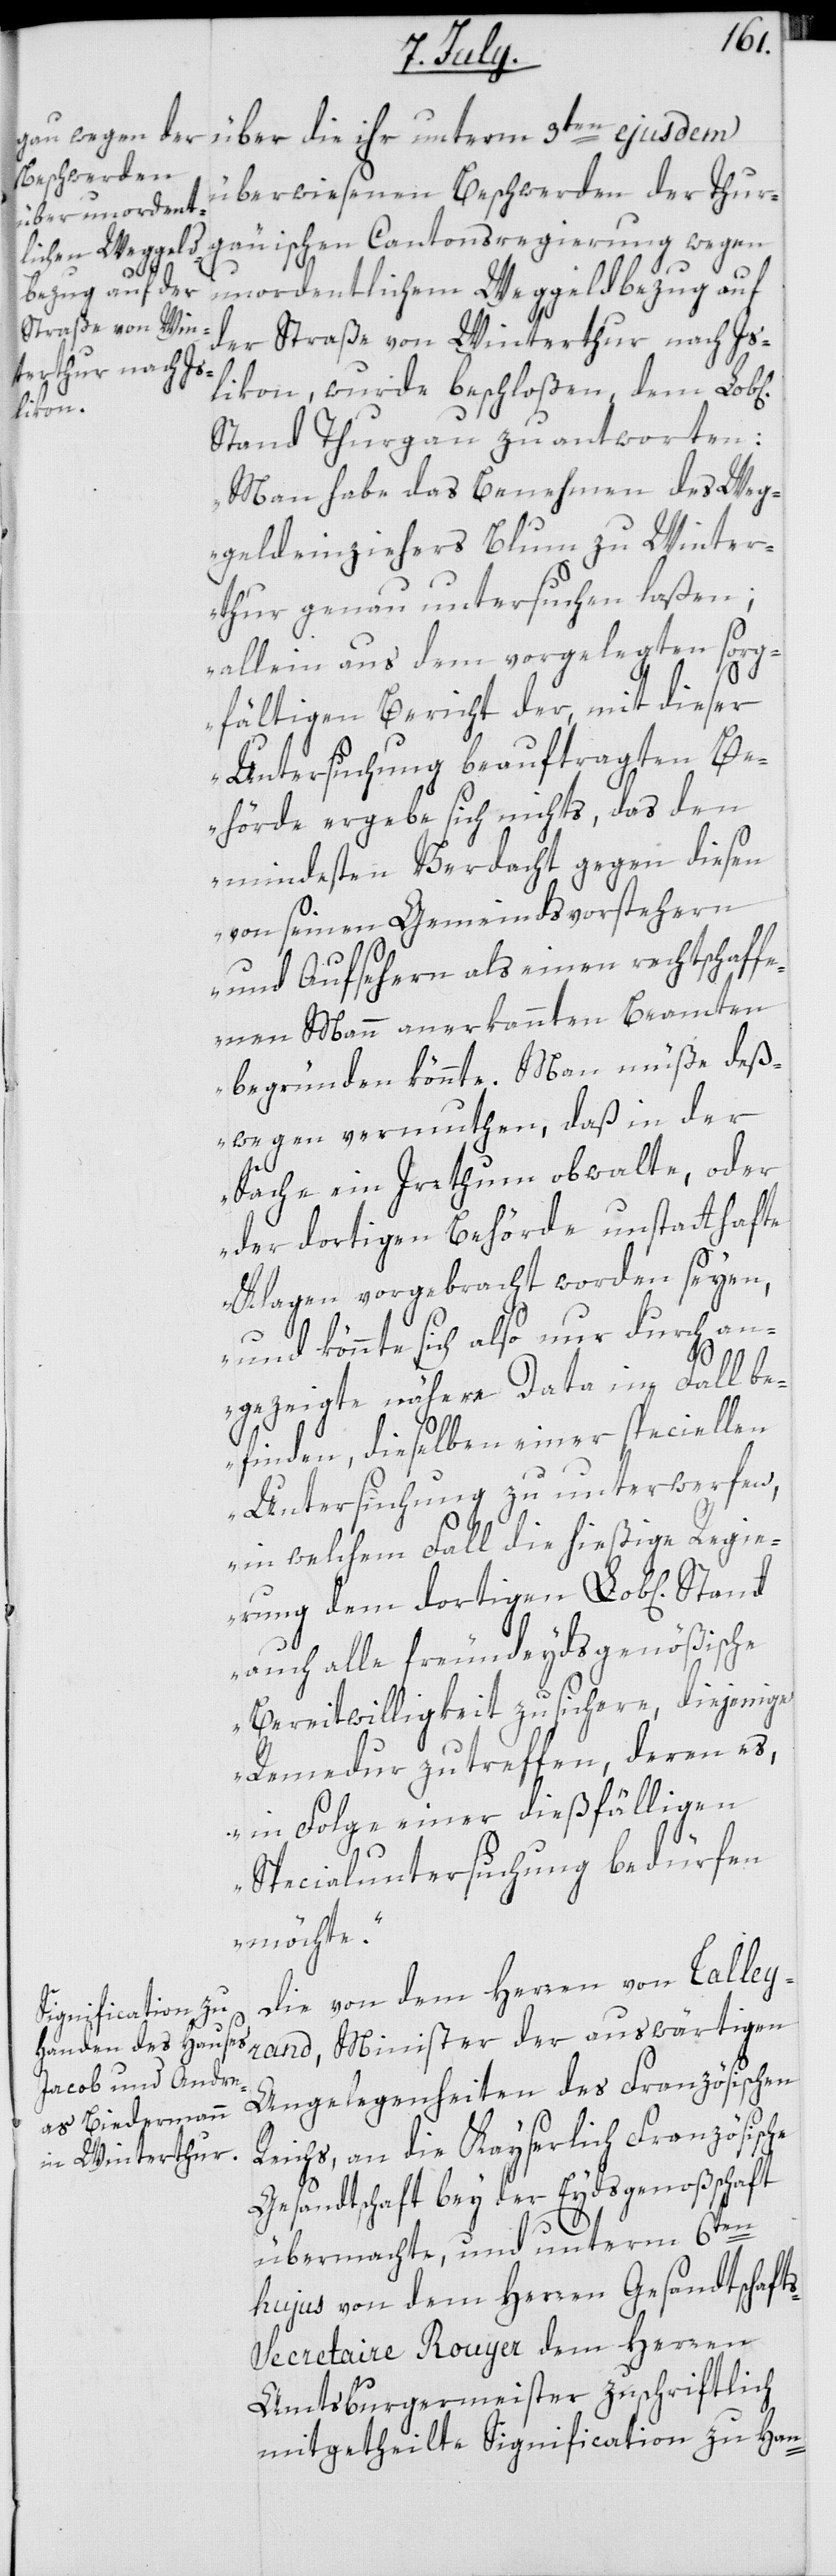
überwiesenen Beschwerden der Thur¬
gäuischen Cantonsregierung wegen
unordentlichem Weggeldbezug auf
der Straße von Winterthur nach Is¬
likon, wurde beschloßen, dem Lobl.
Stand Thurgau zu antworten:
„Man habe das Benehmen des Weg¬
geldeinziehers Blum zu Winter¬
thur genau untersuchen laßen;
allein aus dem vorgelegten sorg¬
fältigen Bericht der, mit dieser
Untersuchung beauftragten Be¬
hörde ergebe sich nichts, das den
mindesten Verdacht gegen diesen
von seinen Gemeindsvorstehern
und Aufsehern als einen rechtschaff¬
enen Mann anerkannten Beamten
begründen könnte. Man müße deß¬
wegen vermuthen, daß in der
Sache ein Irrthum obwalte, oder
der dortigen Behörde unstatthafte
Klagen vorgebracht worden seyen,
und könnte sich also nur durch an¬
gezeigte nähere Data im Fall be¬
finden, dieselben einer speciellen
Untersuchung zu unterwerfen,
in welchem Fall die hießige Regie¬
rung dem dortigen Lob[lichen]
auch alle freundeidsgenößische
Bereitwilligkeit zusichere, diejenige
Remedur zu treffen, deren es
in Folge einer dießfälligen
Spezialuntersuchung bedürfen
möchte.“
Die von dem Herren von Talley¬
rand, Minister der auswärtigen
Angelegenheiten des Französischen
Reichs, an die Kayserlich Französische
Gesandtschaft bey der Eydsgenoßenschaft
übermachte, und unterm 6ten
hujus von dem Herren Gesandtschaft¬
s-Secretaire Rouyer dem Herren
Amtsburgermeister zuschriftlich
mitgetheilte Signification zu Han-